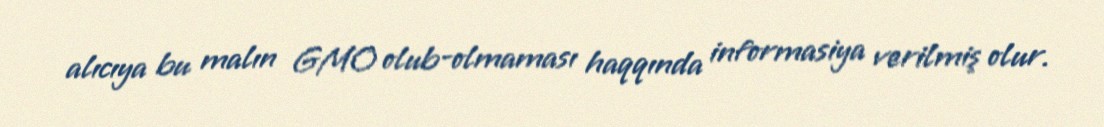
alıcıya bu malın GMO olub-olmaması haqqında informasiya verilmiş olur.